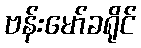
ဗန်းမော်ခရိုင်